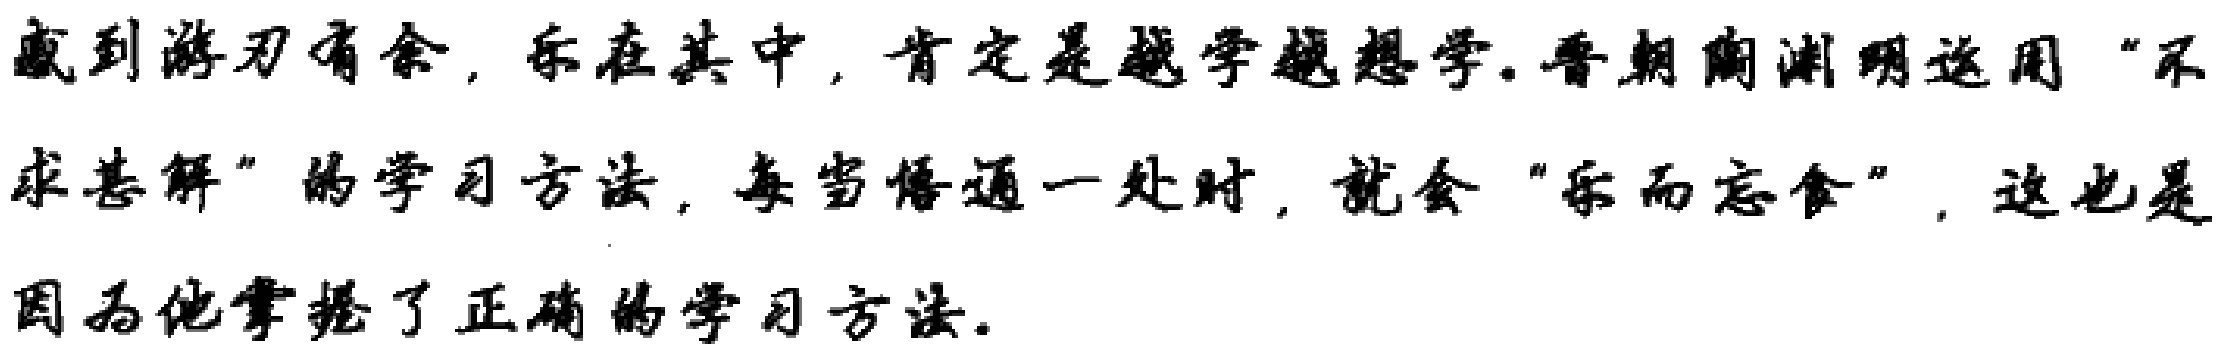
感到游刃有余，乐在其中，肯定是越学越想学。晋朝陶渊明运用“不求甚解”的学习方法，每当悟通一处时，就会“乐而忘食”，这也是因为他掌握了正确的学习方法。